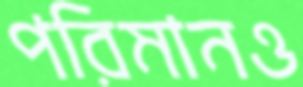
পরিমানও